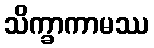
သိက္ခာကာမဿ